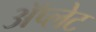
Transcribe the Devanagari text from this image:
ॲप्लेट